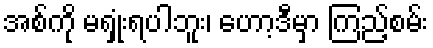
အစ်ကို မရှုံးရပါဘူး၊ ဟော့ဒီမှာ ကြည့်စမ်း